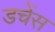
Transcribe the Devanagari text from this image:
डचेंस